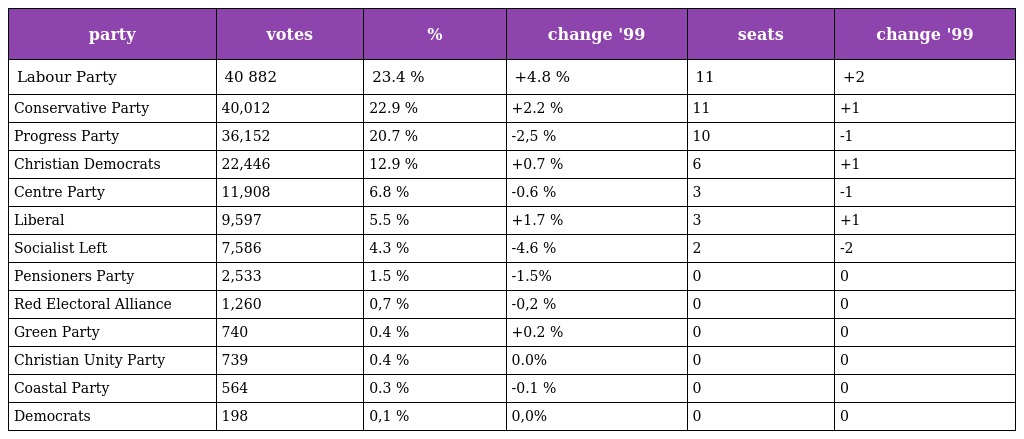
| party | votes | % | change '99 | seats | change '99 |
 | --- | --- | --- | --- | --- | --- |
 | Labour Party | 40 882 | 23.4 % | +4.8 % | 11 | +2 |
 | Conservative Party | 40,012 | 22.9 % | +2.2 % | 11 | +1 |
 | Progress Party | 36,152 | 20.7 % | -2,5 % | 10 | -1 |
 | Christian Democrats | 22,446 | 12.9 % | +0.7 % | 6 | +1 |
 | Centre Party | 11,908 | 6.8 % | -0.6 % | 3 | -1 |
 | Liberal | 9,597 | 5.5 % | +1.7 % | 3 | +1 |
 | Socialist Left | 7,586 | 4.3 % | -4.6 % | 2 | -2 |
 | Pensioners Party | 2,533 | 1.5 % | -1.5% | 0 | 0 |
 | Red Electoral Alliance | 1,260 | 0,7 % | -0,2 % | 0 | 0 |
 | Green Party | 740 | 0.4 % | +0.2 % | 0 | 0 |
 | Christian Unity Party | 739 | 0.4 % | 0.0% | 0 | 0 |
 | Coastal Party | 564 | 0.3 % | -0.1 % | 0 | 0 |
 | Democrats | 198 | 0,1 % | 0,0% | 0 | 0 |